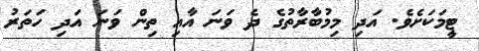
ޓީމަކަށެވެ. އަދި މިމުބާރާތުގެ ދެ ވަނަ އާއި ތިން ވަނަ އަދި ހަތަރު